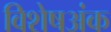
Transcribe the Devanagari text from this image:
विशेषअंक